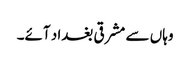
وہاں سے مشرقی بغداد آئے۔